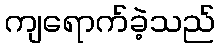
ကျရောက်ခဲ့သည်